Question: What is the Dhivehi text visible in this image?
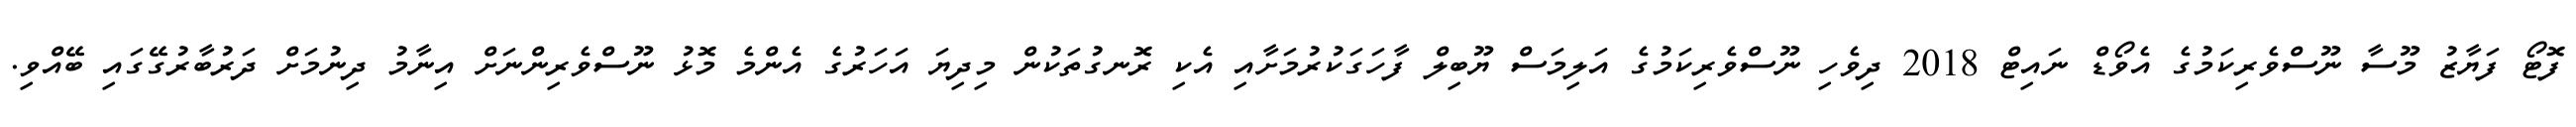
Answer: ފޮޓޯ ފަޔާޒު މޫސާ ނޫސްވެރިކަމުގެ އެވޯޑް ނައިޓް 2018 ދިވެހި ނޫސްވެރިކަމުގެ އަލިމަސް ޔޫބިލް ފާހަގަކުރުމަށާއި އެކި ރޮނގުތަކުން މިދިޔަ އަހަރުގެ އެންމެ މޮޅު ނޫސްވެރިންނަށް އިނާމު ދިނުމަށް ދަރުބާރުގޭގައި ބޭއްވި.